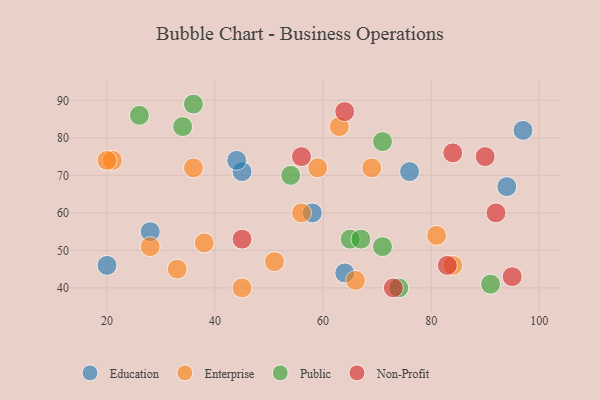
{"axis": {"x": "GDP", "y": "Life Expectancy"}, "legend": ["Education", "Enterprise", "Non-Profit", "Public"], "data": [{"x": "64", "y": 44, "type": "Education"}, {"x": "97", "y": 82, "type": "Education"}, {"x": "28", "y": 55, "type": "Education"}, {"x": "58", "y": 60, "type": "Education"}, {"x": "94", "y": 67, "type": "Education"}, {"x": "20", "y": 46, "type": "Education"}, {"x": "76", "y": 71, "type": "Education"}, {"x": "45", "y": 71, "type": "Education"}, {"x": "44", "y": 74, "type": "Education"}, {"x": "36", "y": 72, "type": "Enterprise"}, {"x": "28", "y": 51, "type": "Enterprise"}, {"x": "63", "y": 83, "type": "Enterprise"}, {"x": "81", "y": 54, "type": "Enterprise"}, {"x": "59", "y": 72, "type": "Enterprise"}, {"x": "84", "y": 46, "type": "Enterprise"}, {"x": "69", "y": 72, "type": "Enterprise"}, {"x": "66", "y": 42, "type": "Enterprise"}, {"x": "45", "y": 40, "type": "Enterprise"}, {"x": "21", "y": 74, "type": "Enterprise"}, {"x": "38", "y": 52, "type": "Enterprise"}, {"x": "33", "y": 45, "type": "Enterprise"}, {"x": "56", "y": 60, "type": "Enterprise"}, {"x": "20", "y": 74, "type": "Enterprise"}, {"x": "51", "y": 47, "type": "Enterprise"}, {"x": "26", "y": 86, "type": "Public"}, {"x": "91", "y": 41, "type": "Public"}, {"x": "34", "y": 83, "type": "Public"}, {"x": "54", "y": 70, "type": "Public"}, {"x": "65", "y": 53, "type": "Public"}, {"x": "71", "y": 79, "type": "Public"}, {"x": "67", "y": 53, "type": "Public"}, {"x": "74", "y": 40, "type": "Public"}, {"x": "36", "y": 89, "type": "Public"}, {"x": "71", "y": 51, "type": "Public"}, {"x": "45", "y": 53, "type": "Non-Profit"}, {"x": "64", "y": 87, "type": "Non-Profit"}, {"x": "84", "y": 76, "type": "Non-Profit"}, {"x": "90", "y": 75, "type": "Non-Profit"}, {"x": "92", "y": 60, "type": "Non-Profit"}, {"x": "73", "y": 40, "type": "Non-Profit"}, {"x": "83", "y": 46, "type": "Non-Profit"}, {"x": "95", "y": 43, "type": "Non-Profit"}, {"x": "56", "y": 75, "type": "Non-Profit"}]}